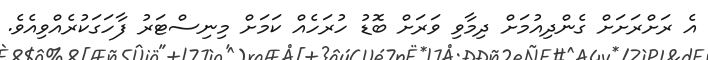
އެ ރަށްރަށަށް ގެންދިއުމަށް ދިމާވި ވަރަށް ބޮޑު ހުރަހެއް ކަމަށް މިނިސްޓަރު ފާހަގަކުރެއްވިއެވެ.